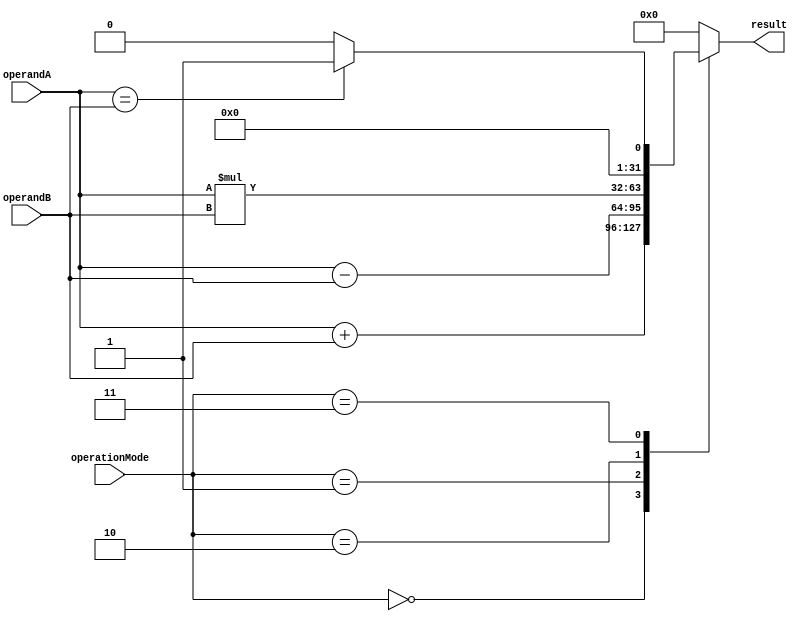
module ALU(input [31:0] operandA, input [31:0] operandB, input [2:0] operationMode, output reg [31:0] result);

  // Functional unit blocks
  wire [31:0] adder_result, subtractor_result, multiplier_result, comparator_result;

  // Adder block
  assign adder_result = operandA + operandB;

  // Subtractor block
  assign subtractor_result = operandA - operandB;

  // Multiplier block
  assign multiplier_result = operandA * operandB;

  // Comparator block
  assign comparator_result = (operandA == operandB) ? 32'h1 : 32'h0;

  // ALU control logic
  always @*
  begin
    case(operationMode)
      3'b000: result = adder_result; // Addition mode
      3'b001: result = subtractor_result; // Subtraction mode
      3'b010: result = multiplier_result; // Multiplication mode
      3'b011: result = comparator_result; // Comparison mode
      default: result = 32'h0; // Default to 0 for invalid mode
    endcase
  end

endmodule